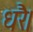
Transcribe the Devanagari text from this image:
धरै।